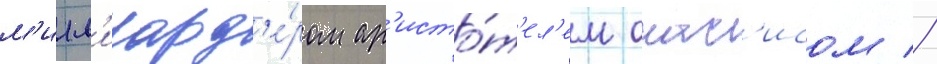
м'илл'иард'е́ром ар'исто́т'ел'ем онас'исом //